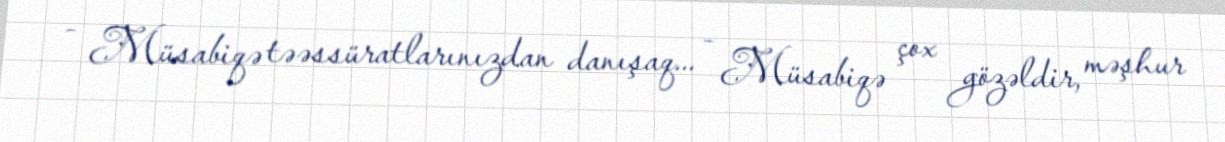
- Müsabiqə təəssüratlarınızdan danışaq... - Müsabiqə çox gözəldir, məşhur